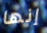
إنها